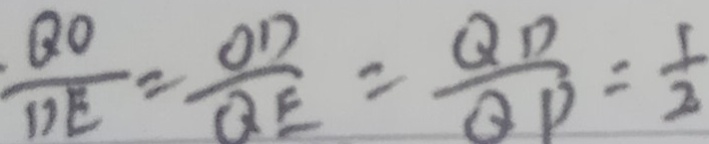
\frac { Q O } { D E } = \frac { O D } { Q E } = \frac { Q D } { Q P } = \frac { 1 } { 2 }